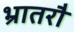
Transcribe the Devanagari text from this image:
भ्रातरौ